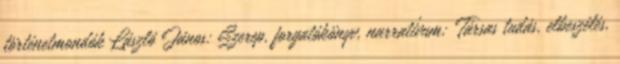
történetmondók László János: Szerep, forgatókönyv, narratívum; Társas tudás, elbeszélés,